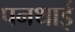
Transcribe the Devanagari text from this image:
पनथाई